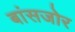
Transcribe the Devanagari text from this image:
बांसजोर